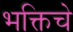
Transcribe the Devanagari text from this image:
भक्तिचे